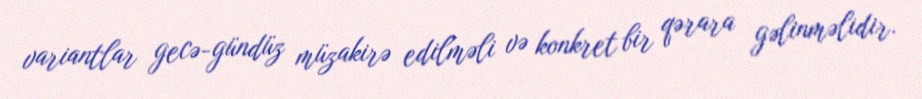
variantlar gecə-gündüz müzakirə edilməli və konkret bir qərara gəlinməlidir.